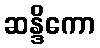
ဆန္ဒိကော